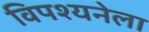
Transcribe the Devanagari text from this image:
विपश्यनेला